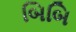
બિબિ